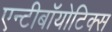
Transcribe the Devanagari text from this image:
एन्टीबॉयोटिक्स